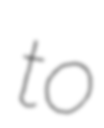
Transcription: to